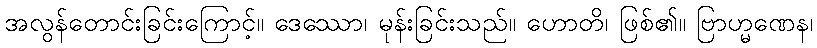
အလွန်တောင်းခြင်းကြောင့်။ ဒေဿော၊ မုန်းခြင်းသည်။ ဟောတိ၊ ဖြစ်၏။ ဗြာဟ္မဏေန၊